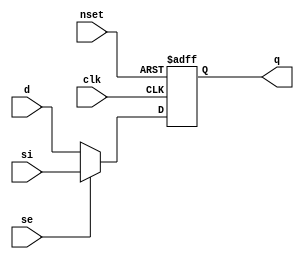
//#############################################################################
//# Function:  Positive edge-triggered static D-type flop-flop with async     #
//#            active low preset and scan input.                              #
//# Copyright: Lambda Project Authors. All rights Reserved.                   #
//# License:   MIT (see LICENSE file in Lambda repository)                    #
//#############################################################################

module la_sdffsq #(
    parameter PROP = "DEFAULT"
) (
    input      d,
    input      si,
    input      se,
    input      clk,
    input      nset,
    output reg q
);

    always @(posedge clk or negedge nset)
        if (!nset) q <= 1'b1;
        else q <= se ? si : d;

endmodule